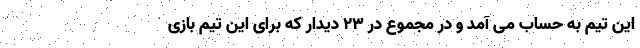
این تیم به حساب می آمد و در مجموع در ۲۳ دیدار که برای این تیم بازی